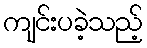
ကျင်းပခဲ့သည့်